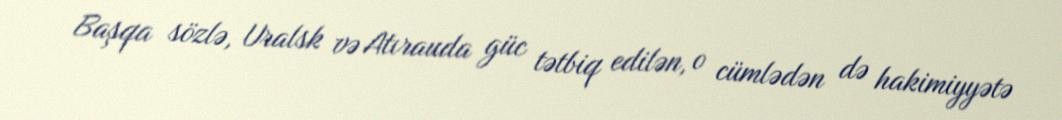
Başqa sözlə, Uralsk və Atırauda güc tətbiq edilən, o cümlədən də hakimiyyətə